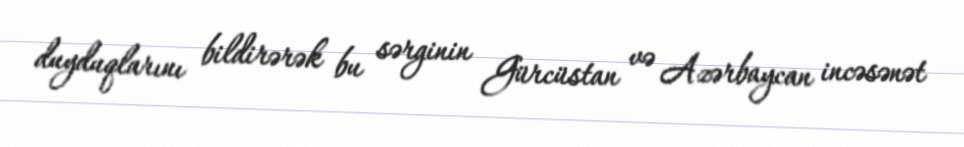
duyduqlarını bildirərək bu sərginin Gürcüstan və Azərbaycan incəsənət